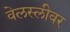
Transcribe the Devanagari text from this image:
वेलस्लीवर